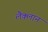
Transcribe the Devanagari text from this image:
लैक्लान